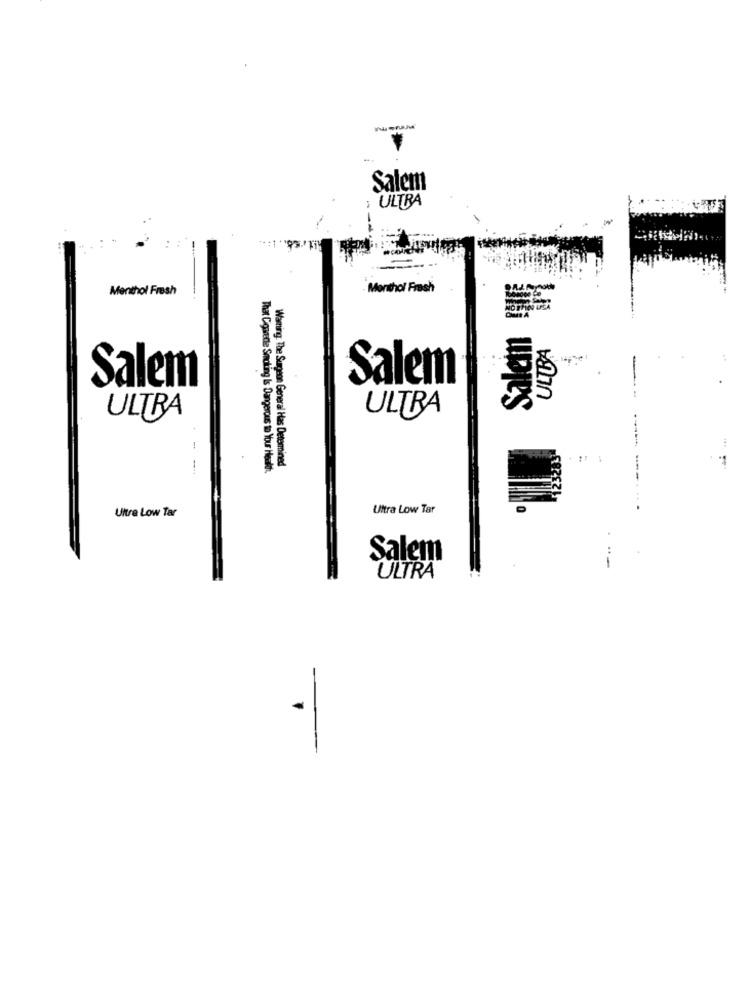
Salem
ULTRA
-
Menthol Fresh
Monthol Fresh
ULTRA
Salem
-
Salem
ULTRA
ULTRA
-
That Ciquette Smoking Is Dangerous to Your Health.
Waning The Surgeon General Has Determined
------
Ultra Low Tar
Ultra Low Tar
Salem
ULTRA